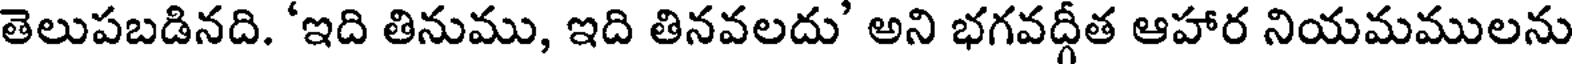
తెలుపబడినది. 'ఇది తినుము, ఇది తినవలదు' అని భగవద్గీత ఆహార నియమములను